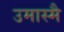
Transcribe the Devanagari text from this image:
उमास्मै